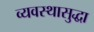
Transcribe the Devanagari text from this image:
व्यवस्थासुद्धा